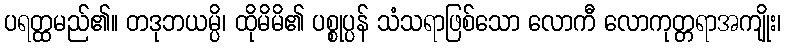
ပရတ္ထမည်၏။ တဒုဘယမ္ပိ၊ ထိုမိမိ၏ ပစ္စုပ္ပန် သံသရာဖြစ်သော လောကီ လောကုတ္တရာအကျိုး၊